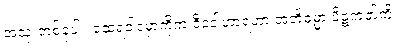
အသုံးတစ်ခုပါ။ ထေရဝါဒမှာကိုက ဒီဝေါဟာရဟာ အဘိဓမ္မာ ပိဋကတ်ကို